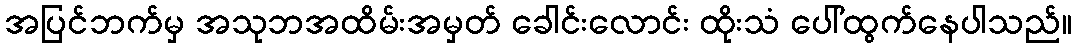
အပြင်ဘက်မှ အသုဘအထိမ်းအမှတ် ခေါင်းလောင်း ထိုးသံ ပေါ်ထွက်နေပါသည်။